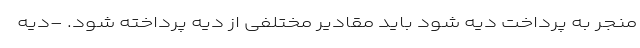
منجر به پرداخت دیه شود باید مقادیر مختلفی از دیه پرداخته شود. -دیه